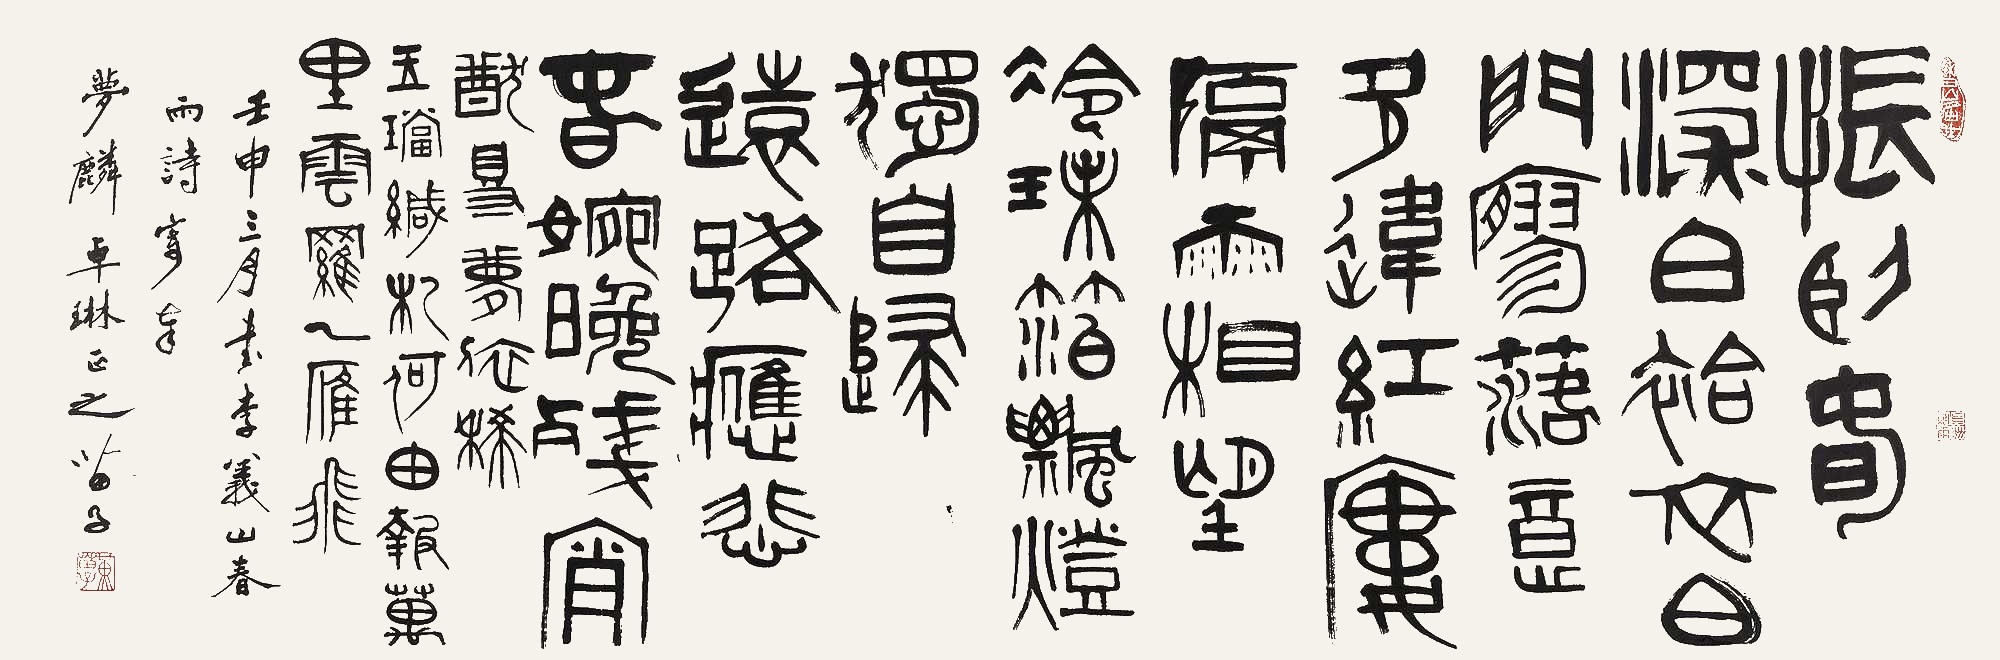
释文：怅卧春深白袷衣，白门寥落意多违。红楼隔雨相望冷，珠箔飘灯独自归。远路应悲春婉晚，残霄犹得梦依稀。玉珰缄札何由报，万里云罗一雁飞。壬申三月，书李义山《春雨》诗，寄奉梦麟、卓琳正之。苗子。